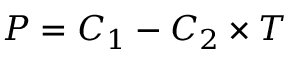
P = C _ { 1 } - C _ { 2 } \times T